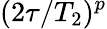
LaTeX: (2\tau/T_{2})^{p}